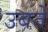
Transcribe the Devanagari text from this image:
उबते